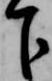
下